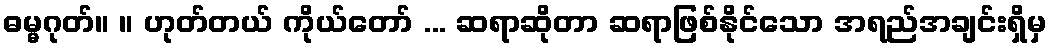
ဓမ္မဂုတ်။ ။ ဟုတ်တယ် ကိုယ်တော် ... ဆရာဆိုတာ ဆရာဖြစ်နိုင်သော အရည်အချင်းရှိမှ